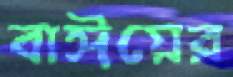
বাঈয়ের